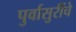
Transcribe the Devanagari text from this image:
पुर्वासुरींचे